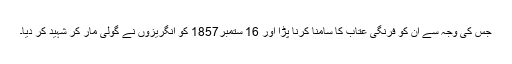
جس کی وجہ سے اُن کو فرنگی عتاب کا سامنا کرنا پڑا اور 16 ستمبر1857 کو انگریزوں نے گولی مار کر شہید کر دیا۔